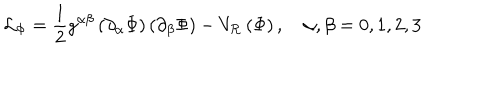
\mathcal { L } _ { \Phi } = \frac { 1 } { 2 } g ^ { \alpha \beta } \left( \partial _ { \alpha } \Phi \right) \left( \partial _ { \beta } \Phi \right) - V _ { \mathcal { R } } \left( \Phi \right) , \quad \alpha , \beta = 0 , 1 , 2 , 3